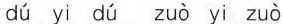
dú yi dú zuò yi zuò